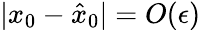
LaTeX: |x_{0}-\hat{x}_{0}|=O(\epsilon)